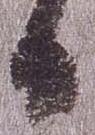
日